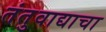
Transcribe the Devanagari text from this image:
तंतुवाद्याचा